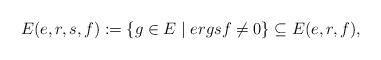
LaTeX: \begin{align*} E(e,r,s,f):=\{g\in E\mid ergsf\ne 0\}\subseteq E(e,r,f),\end{align*}